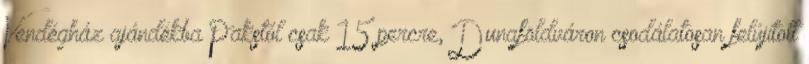
Vendégház ajándékba Pakstól csak 15 percre, Dunaföldváron csodálatosan felújított